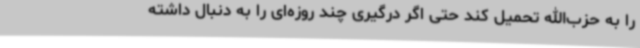
را به حزب‌الله تحمیل کند حتی اگر درگیری چند روزه‌ای را به دنبال داشته